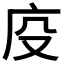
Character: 𭙔